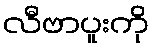
လီဗာပူးကို